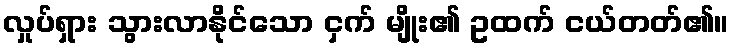
လှုပ်ရှား သွားလာနိုင်သော ငှက် မျိုး၏ ဥထက် ငယ်တတ်၏။